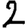
Digit: 2